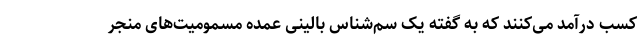
کسب درآمد می‌کنند که به گفته یک سم‌شناس بالینی عمده مسمومیت‌های منجر